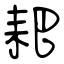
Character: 耙